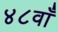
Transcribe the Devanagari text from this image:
४८वाँ